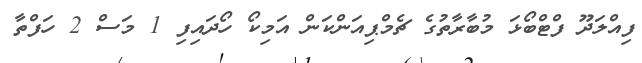
ފިއްލަދޫ ފްޓްބޯޅަ މުބާރާތުގެ ޗެމްޕިއަންކަން އަމިކޯ ހޯދައިފި 1 މަސް 2 ހަފްތާ